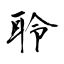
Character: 聆